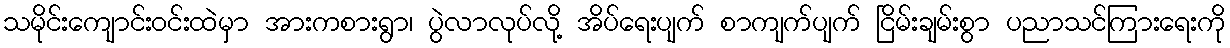
သမိုင်းကျောင်းဝင်းထဲမှာ အားကစားရွာ၊ ပွဲလာလုပ်လို့ အိပ်ရေးပျက် စာကျက်ပျက် ငြိမ်းချမ်းစွာ ပညာသင်ကြားရေးကို